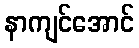
နာကျင်အောင်